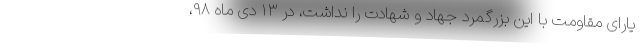
یارای مقاومت با این بزرگمرد جهاد و شهادت را نداشت، در ۱۳ دی ماه ۹۸،